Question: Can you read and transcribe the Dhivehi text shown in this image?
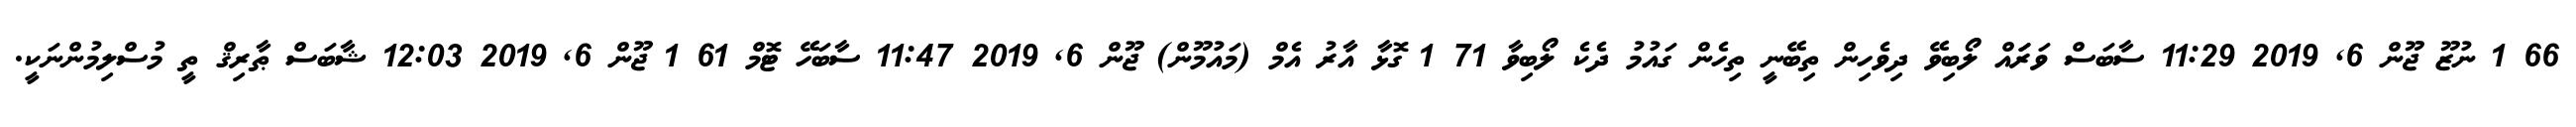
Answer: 66 1 ނުޒޫ ޖޫން 6, 2019 11:29 ސާބަސް ވަރަައް ލޯބިވޭ ދިވެހިން ތިބޭނީ ތިހެން ގައުމު ދެކެ ލޯބިވާ 71 1 ގޮޅާ އާރު އެމް (މައުމޫން) ޖޫން 6, 2019 11:47 ސާބަހޭ ޓޮމް 61 1 ޖޫން 6, 2019 12:03 ޝާބަސް ޠާރިޤް ތީ މުސްލިމުންނަކީ.